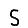
Digit: 5